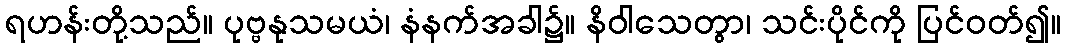
ရဟန်းတို့သည်။ ပုဗ္ဗနုသမယံ၊ နံနက်အခါ၌။ နိဝါသေတွာ၊ သင်းပိုင်ကို ပြင်ဝတ်၍။